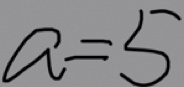
a = 5